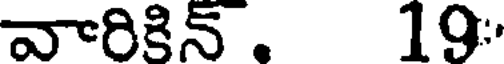
వారికిన్ . 19: